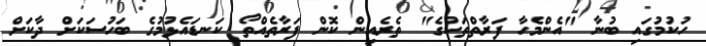
ހުކުމުގައި ބުނާ "އެންމެހާ ފަރާތްތަކުގެ" ތެރެއިން ކޮން ފަރާތެއްތޯ ކަނޑައެޅުމުގެ ބަހުސަކަށް ދާކަށް